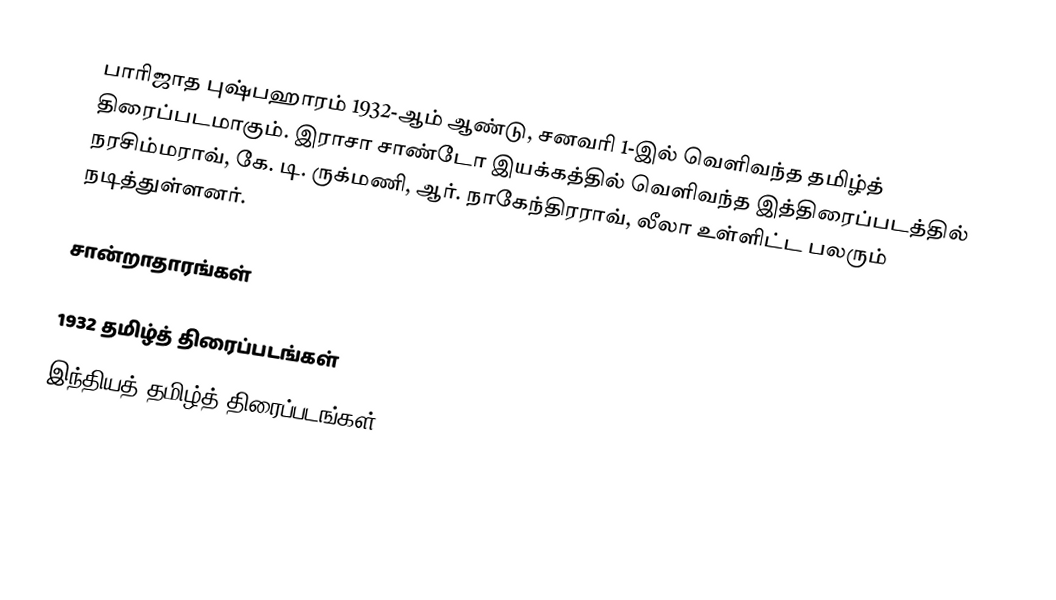
பாரிஜாத புஷ்பஹாரம் 1932-ஆம் ஆண்டு, சனவரி 1-இல் வெளிவந்த தமிழ்த் திரைப்படமாகும். இராசா சாண்டோ இயக்கத்தில் வெளிவந்த இத்திரைப்படத்தில் நரசிம்மராவ், கே. டி. ருக்மணி, ஆர். நாகேந்திரராவ், லீலா உள்ளிட்ட பலரும் நடித்துள்ளனர்.

சான்றாதாரங்கள்

1932 தமிழ்த் திரைப்படங்கள்
இந்தியத் தமிழ்த் திரைப்படங்கள்